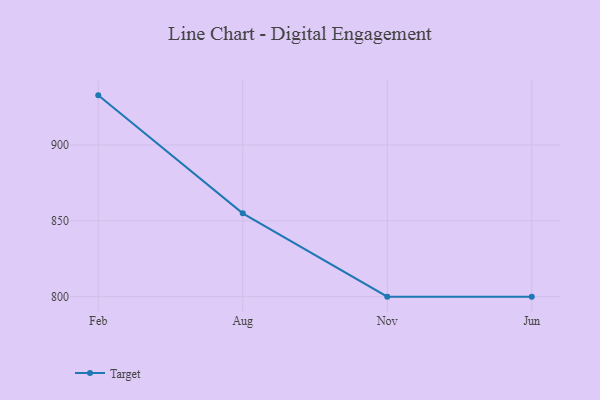
{"axis": {"x": "Month", "y": "Net Income (USD K)"}, "legend": ["Target"], "data": [{"x": "Feb", "y": 932.7, "type": "Target"}, {"x": "Aug", "y": 854.9, "type": "Target"}, {"x": "Nov", "y": 800, "type": "Target"}, {"x": "Jun", "y": 800, "type": "Target"}]}